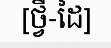
[ថ្វី-ដៃ]